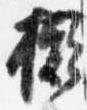
擬